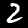
Digit: 2